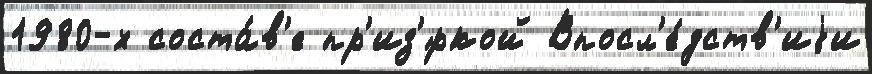
1980-х соста́в'е пр'из'́ркой Впосл'е́дств'иjи